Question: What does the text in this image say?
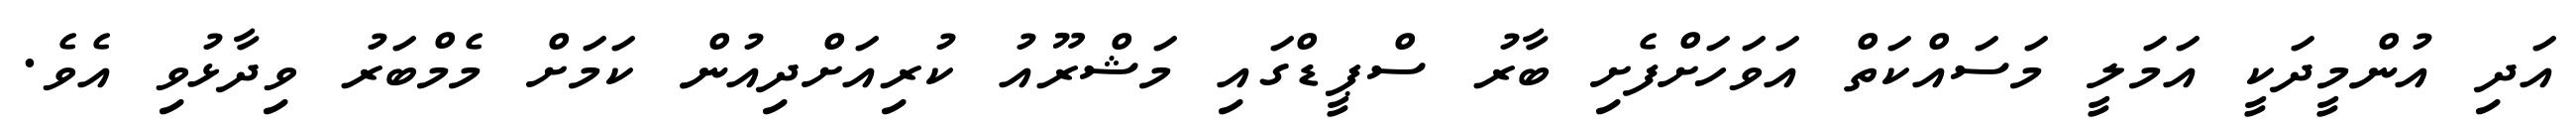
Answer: އަދި އުންމީދަކީ އަމަލީ މަސައްކަތް އަވަހަށްފެށި ބާރު ސްޕީޑްގައި މަޝްރޫއު ކުރިއަށްދިއުން ކަމަށް މެމްބަރު ވިދާޅުވި އެވެ.